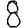
Digit: 8